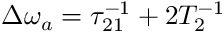
\Delta \omega _ { a } = \tau _ { 2 1 } ^ { - 1 } + 2 T _ { 2 } ^ { - 1 }